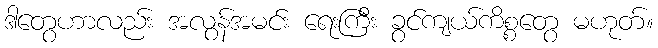
ဒါတွေဟာလည်း အလွန်အမင်း ရေးကြီး ခွင်ကျယ်ကိစ္စတွေ မဟုတ်။